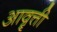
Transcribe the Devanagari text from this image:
आवॄत्ती